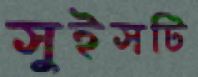
সুইসটি